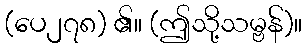
(ပေ၂၇၈) ၏။ (ဤသို့သမ္ဗန်)။